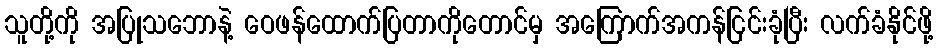
သူတို့ကို အပြုသဘောနဲ့ ဝေဖန်ထောက်ပြတာကိုတောင်မှ အကြောက်အကန်ငြင်းခုံပြီး လက်ခံနိုင်ဖို့